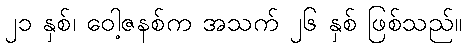
၂၁ နှစ်၊ ဝေါ့ဇနစ်က အသက် ၂၆ နှစ် ဖြစ်သည်။